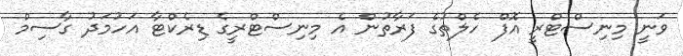
ވަނީ މިނިސްޓްރީ އޮފް ހެލްތުގެ ފަރާތުން އެ މިނިސްޓްރީގެ ޑިރެކްޓާ އަހުމަދު ގާސިމް